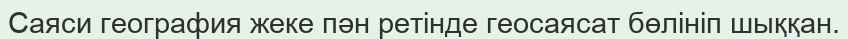
Саяси география жеке пән ретінде геосаясат бөлініп шыққан.